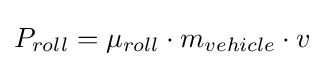
{P_{roll}=\mu _{roll}\cdot m_{vehicle}\cdot v}